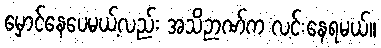
မှောင်နေပေမယ့်လည်း အသိဉာဏ်က လင်းနေရမယ်။